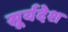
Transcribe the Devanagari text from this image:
सूर्यदेश